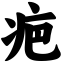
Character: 疤